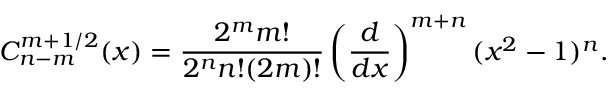
C _ { n - m } ^ { m + 1 / 2 } ( x ) = \frac { 2 ^ { m } m ! } { 2 ^ { n } n ! ( 2 m ) ! } \left( \frac { d } { d x } \right) ^ { m + n } ( x ^ { 2 } - 1 ) ^ { n } .